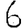
Digit: 6